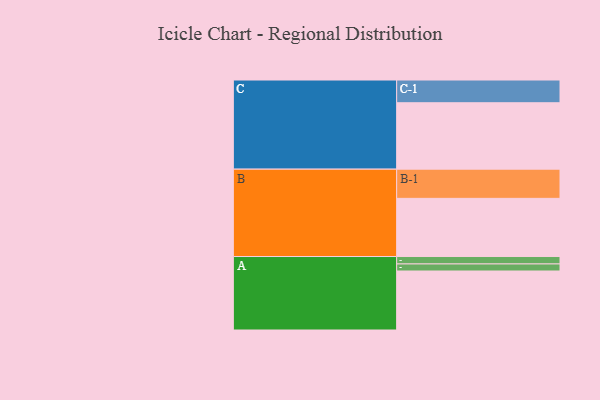
{"axis": {"x": "Segment", "y": "Value"}, "legend": ["", "A", "B", "C"], "data": [{"x": "A", "y": 493, "type": ""}, {"x": "B", "y": 486, "type": ""}, {"x": "C", "y": 555, "type": ""}, {"x": "A-1", "y": 62, "type": "A"}, {"x": "A-2", "y": 59, "type": "A"}, {"x": "B-1", "y": 244, "type": "B"}, {"x": "C-1", "y": 190, "type": "C"}]}